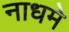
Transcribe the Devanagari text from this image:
नाधमे